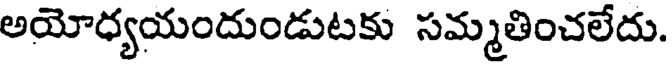
అయోధ్యయందుండుటకు సమ్మతించలేదు.